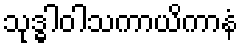
သုဒ္ဓါဝါသကာယိကာနံ